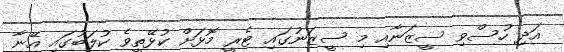
އަދި ހުސްވި ސީޒަނާއި މި ސީޒަނުގައި ޓެރީ މޮޅަށް ކުޅޭތީވެ ކުލަބުގައި އޭނާ